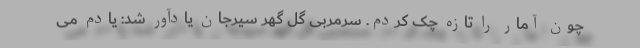
چون آمار را تازه چک کردم. سرمربی گل گهر سیرجان یادآور شد: یادم می